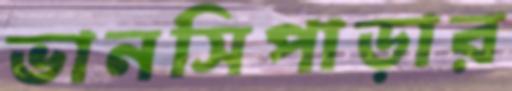
ভানসিপাড়ার